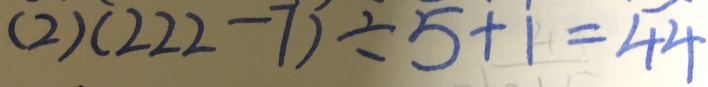
( 2 ) ( 2 2 2 - 7 ) \div 5 + 1 = 4 4